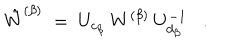
\hat { W } ^ { ( \beta ) } \; = \; U _ { c _ { \beta } } \: W ^ { ( \beta ) } \: U _ { d _ { \beta } } ^ { - 1 } .